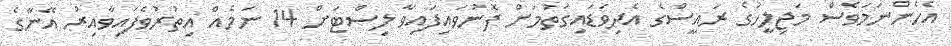
އެހެންނަމަވެސް މަޖިލީހުގެ ރައީސްގެ އެދިވަޑައިގަތުމަށް ފޮނުވައިފައިވާ ލިސްޓަށް 14 ނަމެއް އިތުރުވެފައިވާއިރު އޭނާގެ